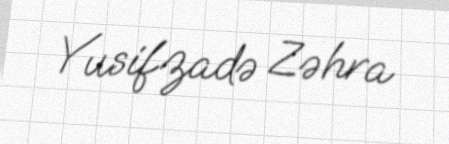
Yusifzadə Zəhra